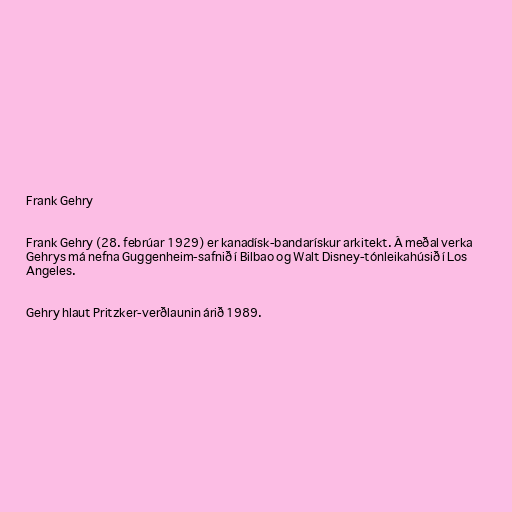
Frank Gehry

Frank Gehry (28. febrúar 1929) er kanadísk-bandarískur arkitekt. Á meðal verka
Gehrys má nefna Guggenheim-safnið í Bilbao og Walt Disney-tónleikahúsið í Los
Angeles.

Gehry hlaut Pritzker-verðlaunin árið 1989.